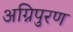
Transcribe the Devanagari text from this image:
अग्निपुरण